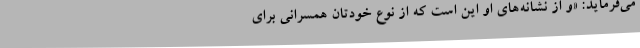
می‌فرماید: «و از نشانه‌های او این است که از نوع خودتان همسرانی برای